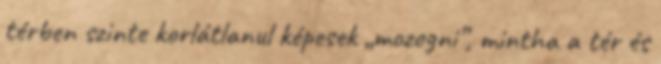
térben szinte korlátlanul képesek „mozogni”, mintha a tér és